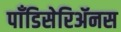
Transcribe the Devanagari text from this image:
पाँडिसेरिॲनस